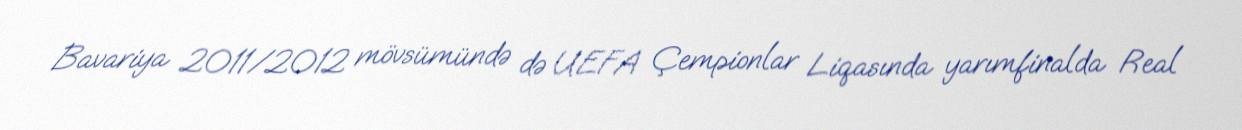
Bavariya 2011/2012 mövsümündə də UEFA Çempionlar Liqasında yarımfinalda Real